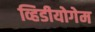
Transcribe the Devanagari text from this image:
व्हिडीयोगेम